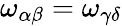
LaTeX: \omega_{\alpha\beta}=\omega_{\gamma\delta}